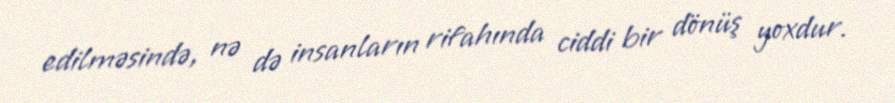
edilməsində, nə də insanların rifahında ciddi bir dönüş yoxdur.